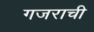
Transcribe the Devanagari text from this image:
गजराची